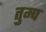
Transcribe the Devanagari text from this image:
तुम्प